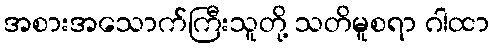
အစားအသောက်ကြီးသူတို့ သတိမူစရာ ဂါထာ